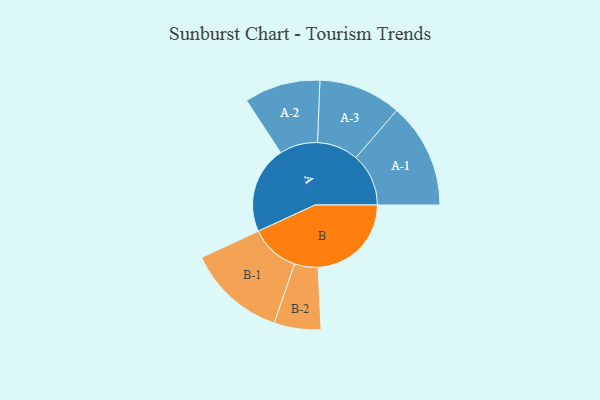
{"axis": {"x": "Segment", "y": "Value"}, "legend": ["", "A", "B"], "data": [{"x": "A", "y": 459, "type": ""}, {"x": "B", "y": 491, "type": ""}, {"x": "A-1", "y": 277, "type": "A"}, {"x": "A-2", "y": 200, "type": "A"}, {"x": "A-3", "y": 217, "type": "A"}, {"x": "B-1", "y": 260, "type": "B"}, {"x": "B-2", "y": 123, "type": "B"}]}